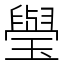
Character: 㼂